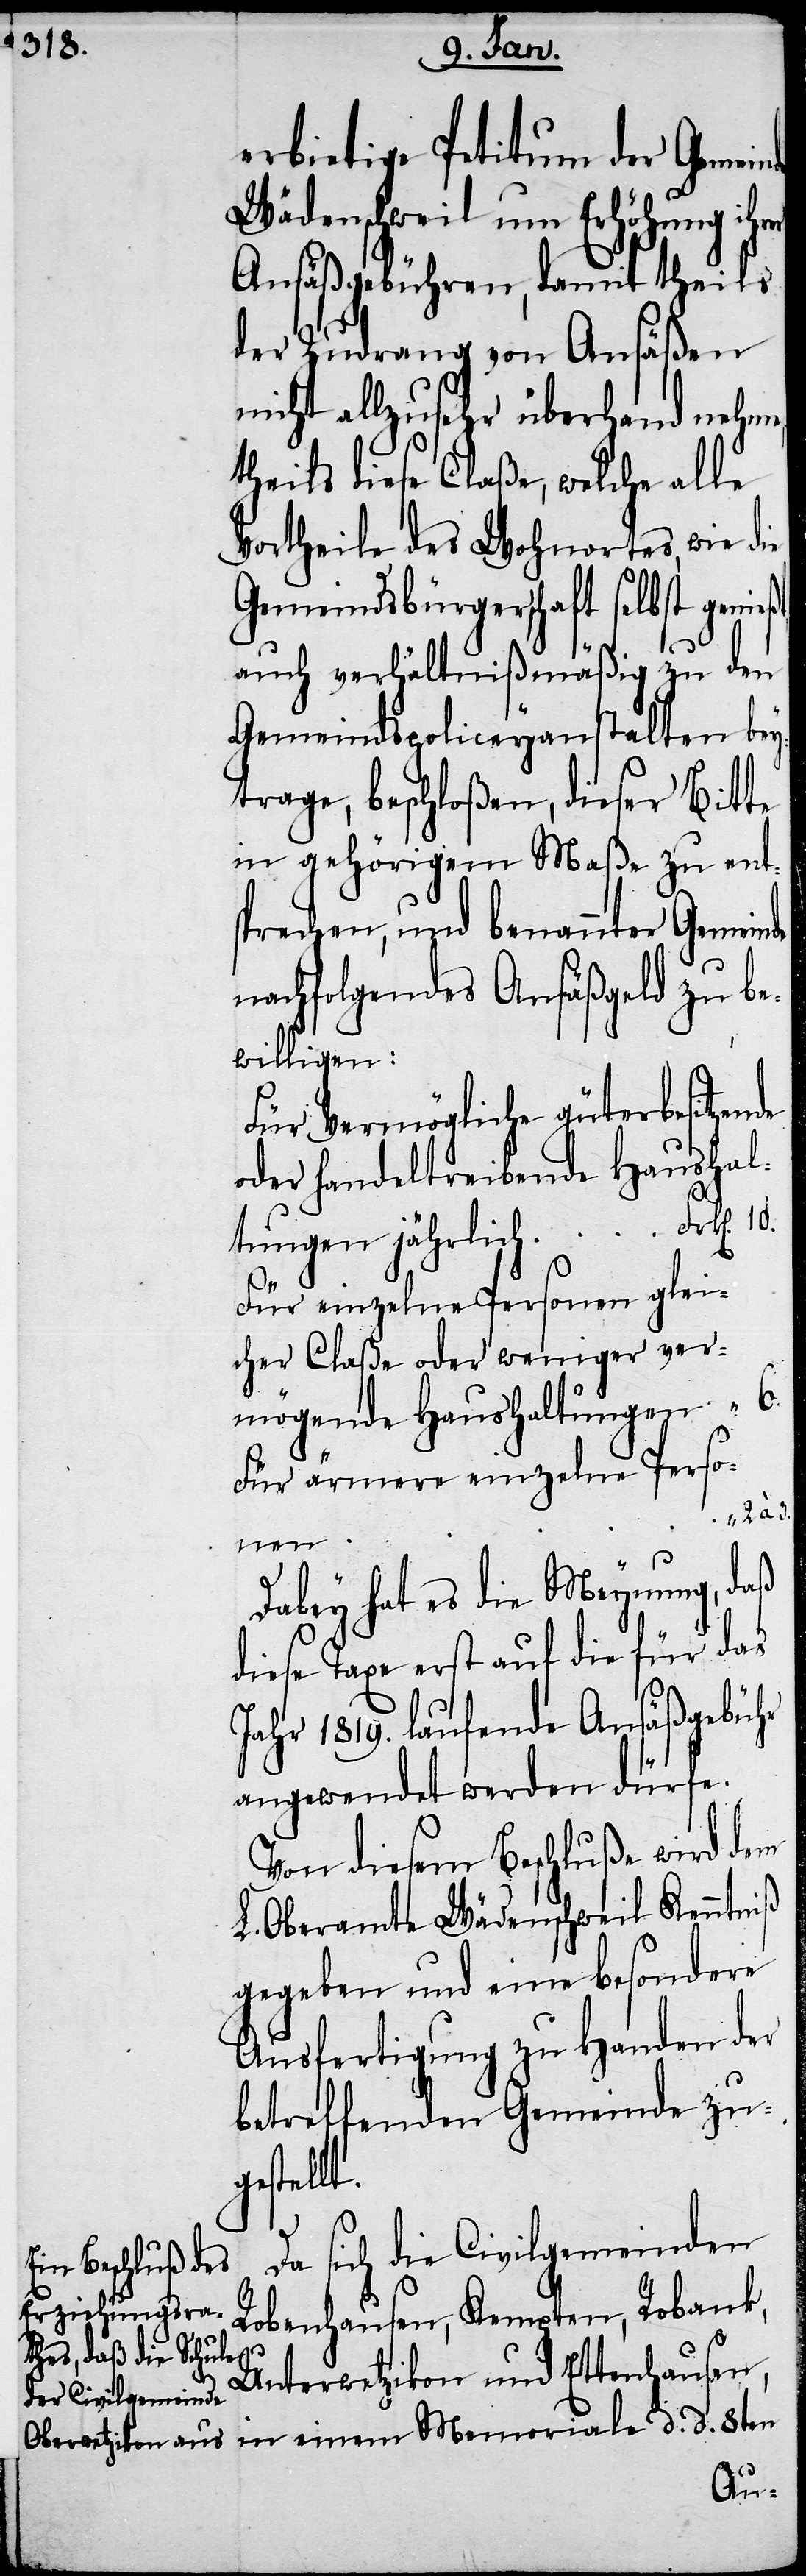
erbietige Petitum der Gemein¬
Wädenschweil um Erhöhung ih¬
Ansäßgebühren, damit theils
der Zudrang von Ansäßen
nicht allzusehr überhand nehme,
theils diese Claße, welche alle
Vortheile des Wohnortes, wie die
Gemeindsbürgerschaft selbst genieß¬
auch verhältnißmäßig zu den
Gemeindspoliceyanstalten bey¬
trage, beschloßen, dieser Bitte
in gehörigem Maße zu ents¬
prechen, und benannter Gemein¬
nachfolgendes Ansäßgeld zu be¬
willigen.
Für Vermögliche güterbesitzende
oder handeltreibende Haushal¬
tungen jährlich	Frk[en].
d.
Für einzelne Personen glei¬
cher Claße oder weniger ver¬
mögende Haushaltungen “ 6.
Dabey hat es die Meynung, daß
diese Taxe erst auf die für das
Jahr 1819. laufende Ansäßgebühr
angewendet werden dürfe.
Von diesem Beschluße wird dem
L. Oberamte Wädenschweil Kenntniß
gegeben und eine besondere
Ausfertigung zu Handen der
betreffenden Gemeinde zu¬
gestellt.
Da sich die Civilgemeinden
Robenhausen, Kempten, Robank,
Unterwetzikon und Ettenhausen,